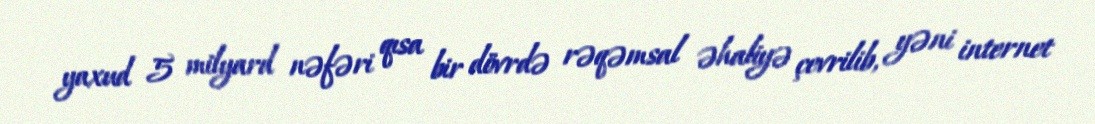
yaxud 5 milyard nəfəri qısa bir dövrdə rəqəmsal əhaliyə çevrilib, yəni internet